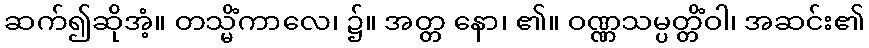
ဆက်၍ဆိုအံ့။ တသ္မိံကာလေ၊ ၌။ အတ္တ နော၊ ၏။ ဝဏ္ဏသမ္ပတ္တိံဝါ၊ အဆင်း၏